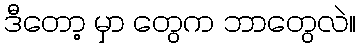
ဒီတော့ မှာ တွေက ဘာတွေလဲ။